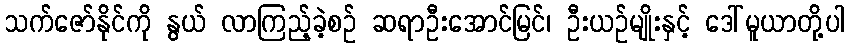
သက်ဇော်နိုင်ကို နွယ် လာကြည့်ခဲ့စဉ် ဆရာဦးအောင်မြင်၊ ဦးယဉ်မျိုးနှင့် ဒေါ်မူယာတို့ပါ